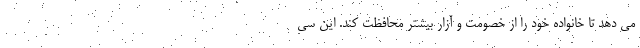
می دهد تا خانواده خود را از خصومت و آزار بیشتر محافظت کند. این سی